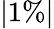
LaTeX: |1\% |